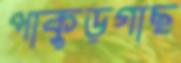
পাকুড়গাছ